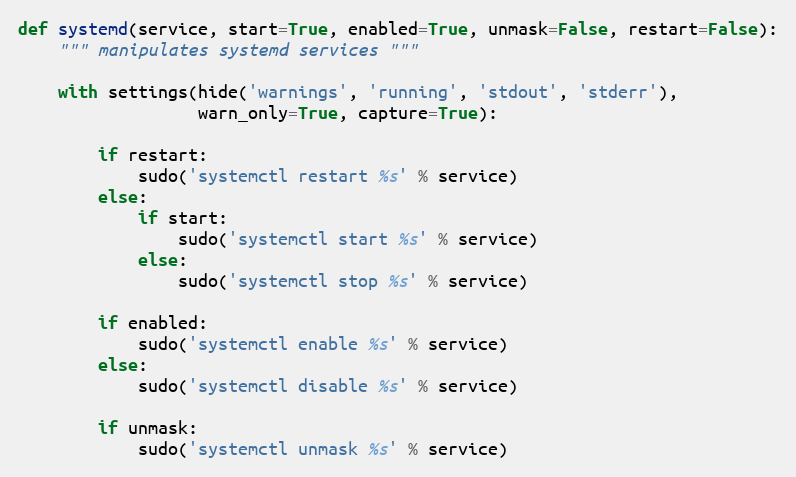
Language: Python
def systemd(service, start=True, enabled=True, unmask=False, restart=False):
    """ manipulates systemd services """

    with settings(hide('warnings', 'running', 'stdout', 'stderr'),
                  warn_only=True, capture=True):

        if restart:
            sudo('systemctl restart %s' % service)
        else:
            if start:
                sudo('systemctl start %s' % service)
            else:
                sudo('systemctl stop %s' % service)

        if enabled:
            sudo('systemctl enable %s' % service)
        else:
            sudo('systemctl disable %s' % service)

        if unmask:
            sudo('systemctl unmask %s' % service)